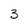
Character: 3